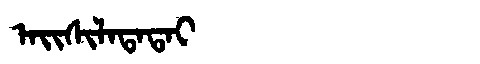
Manchu: ᠠᡳᠰᡳᠯᠠᡨᠠᡨᠠᡳ
Romanization: AISILATATAI